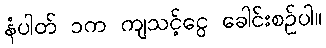
နံပါတ် ၁က ကျသင့်ငွေ ခေါင်းစဉ်ပါ။